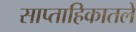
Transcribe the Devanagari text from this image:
साप्ताहिकातले